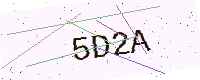
Text: 5D2A